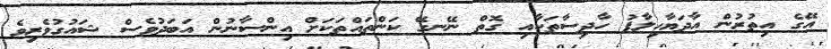
އޭގެ އިތުރުން އާދަޔާހިލާފު ހާދިސާތަކާއި ގޮތް ނޭނގޭ ކަންތައްތަކަށް އިންސާނުން އަބަދުވެސް ޝައުގުވެރިވެ